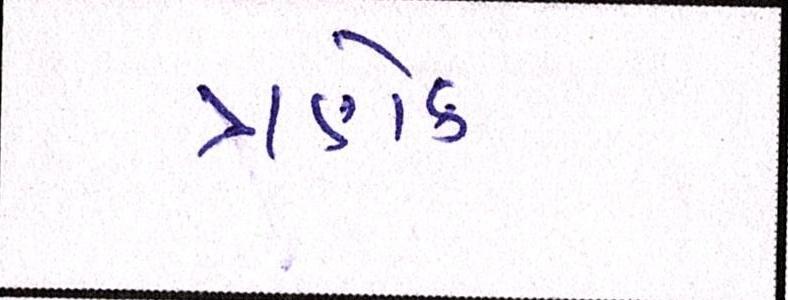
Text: ત્રણેક